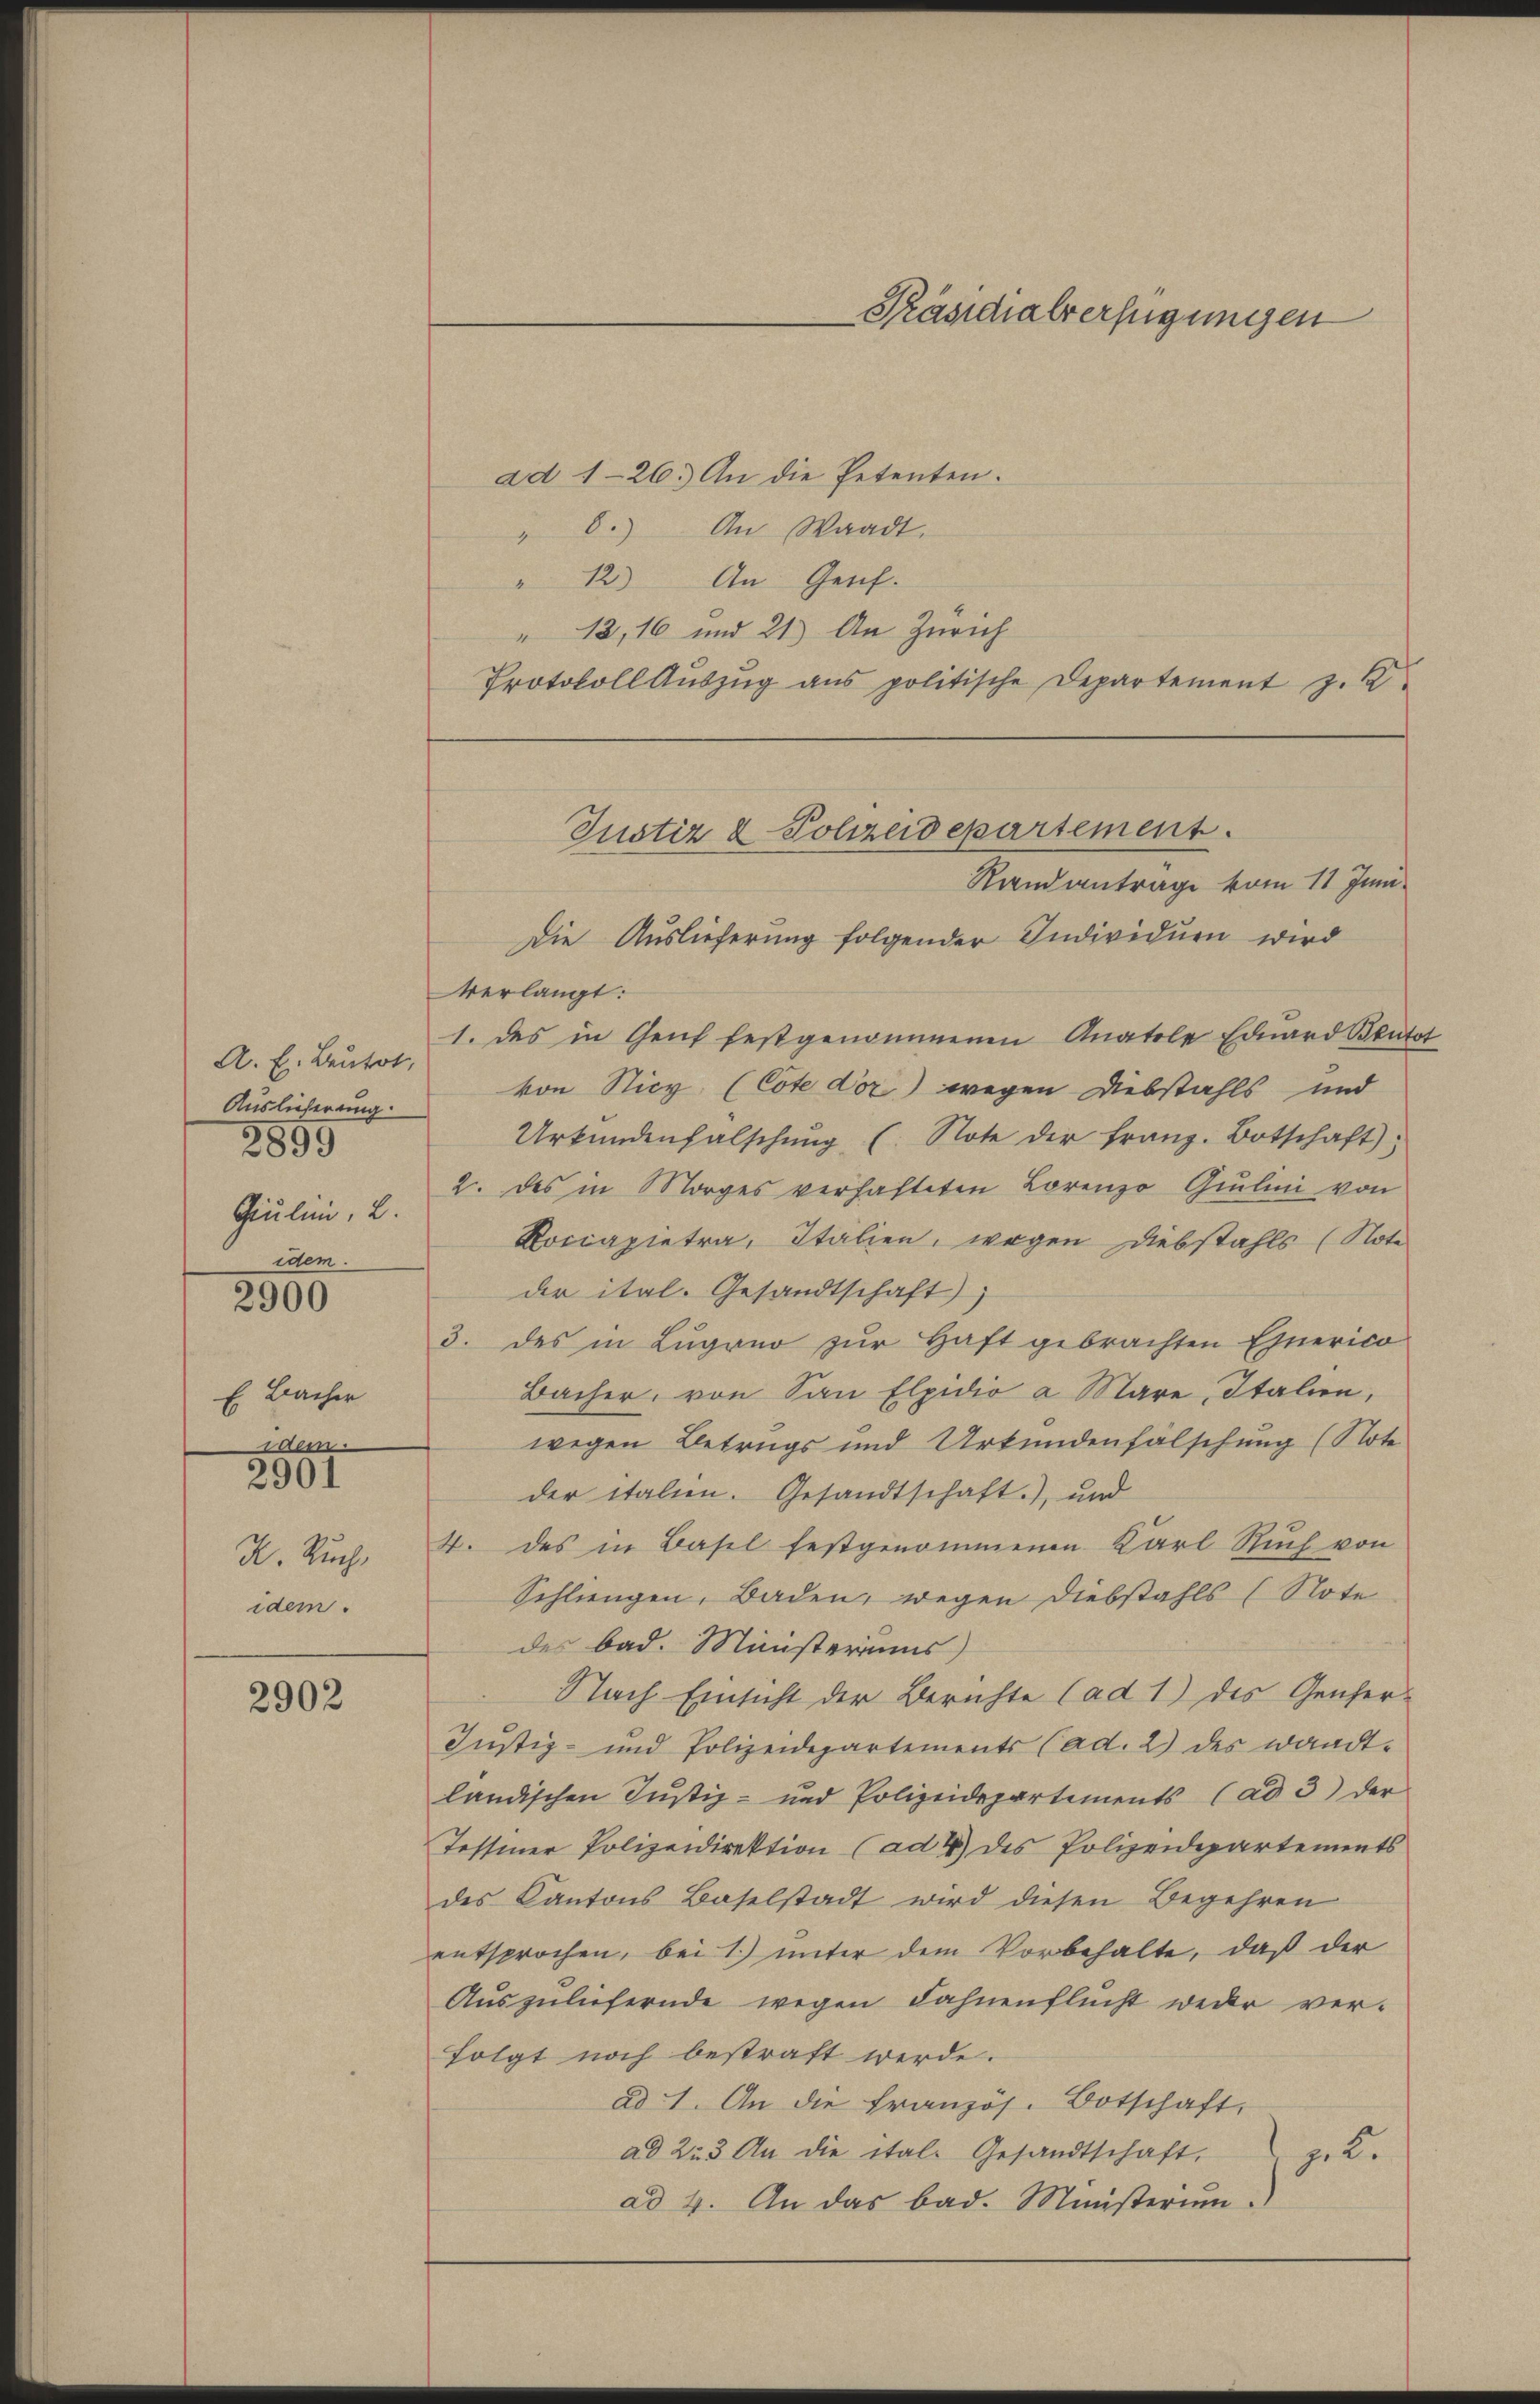
A. E. Beutot,
Auslieferung.
3899
Giulini, 2.
idem.

2900

E. Bacher
saem
K. Ruch
idem.

2901

2902

ad 1-26.) An die Petenten.
" 6.) An Waadt.
" 12) An Gesch.
" 13, 16 und 21) An Zürich
Protokoll Aŭszŭg ans politische Departement z. K

Präsidialverfügungen

Justiz & Polizeidepartement.
Randantrage vom 11 Juni
Die Auslieferung folgender Individuen wird

verlangt:
1. des in Genf festgenommenen Anatole Eduard Stutt
von Sticy (Cote dor) wegen Diebstahls und
Urkŭndenfalschŭng (Note der franz-Botschaft;
2. des in Morges verhalteten Lorenzo Giulini von
Rociapietra, Italien, wegen Diebstahls (Note
der ital. Gesandtschaft
3. des in Lugano zur Haft gebrachten Ehnerico
Bacher, von San Elpidio a Mare, Italien,
wegen Betrugs und Urkundenfälschung (Note
der italien. Gesandtschaft.), und
4. des in Basel festgenommenen Karl Ruch von
Schlingen, Baden, wegen Diebstahls (Note
des bad. Ministeriums
Nach Einsicht der Berichte (ad 1) des Gescher¬
Justiz- und Polizeidepartements (ad. 2) des wandtländischen Justiz- und Polizeidepartements (ad 3) der
Tessiner Polizeidirektion (ad 4) des Polizeidepartements
des Kantons Baselstadt wird diesen Begehren
entsprochen, bei 1) unter dem Vorbehalte, daß der
Auszuliefernde wegen Fahnenflucht weder verfolgt noch bestraft werde.
ad 1. An die Französ. Botschaft,
ad 223 An die ital. Gesandtschaft,
z. B.
ad 4. An das bad. Ministerium.